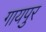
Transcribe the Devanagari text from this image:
गायपुर